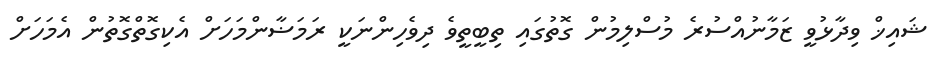
ޝައިޚް ވިދާޅުވީ ޒަމާނުއްސުރެ މުސްލިމުން ގޮތުގައި ތިބީތީވެ ދިވެހިންނަކީ ރަމަޟާންމަހަށް އެކިގޮތްގޮތުން އެމަހަށް